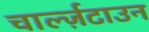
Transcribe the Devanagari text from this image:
चार्ल्ज़टाउन